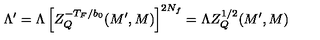
\Lambda ^ { \prime } = \Lambda \left[ Z _ { Q } ^ { - T _ { F } / b _ { 0 } } ( M ^ { \prime } , M ) \right] ^ { 2 N _ { f } } = \Lambda Z _ { Q } ^ { 1 / 2 } ( M ^ { \prime } , M )